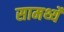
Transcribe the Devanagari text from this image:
सामर्थ्ये